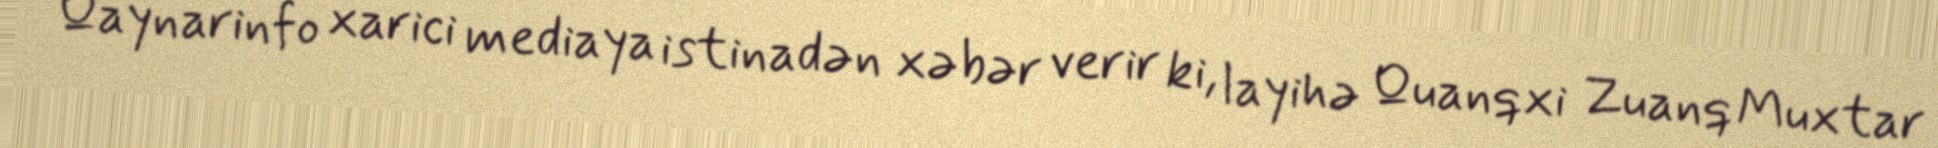
Qaynarinfo xarici mediaya istinadən xəbər verir ki, layihə Quanqxi Zuanq Muxtar